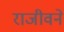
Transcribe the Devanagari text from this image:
राजीवने